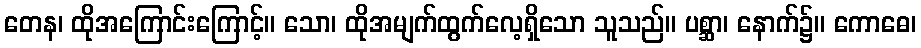
တေန၊ ထိုအကြောင်းကြောင့်။ သော၊ ထိုအမျက်ထွက်လေ့ရှိသော သူသည်။ ပစ္ဆာ၊ နောက်၌။ ကောဓေ၊